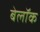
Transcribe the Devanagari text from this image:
बेलॉक